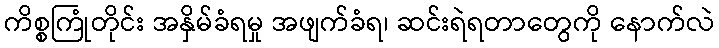
ကိစ္စကြုံတိုင်း အနှိမ်ခံရမှု အဖျက်ခံရ၊ ဆင်းရဲရတာတွေကို နောက်လဲ